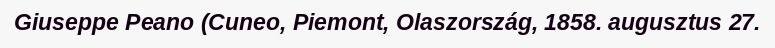
Giuseppe Peano (Cuneo, Piemont, Olaszország, 1858. augusztus 27.